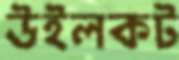
উইলকট